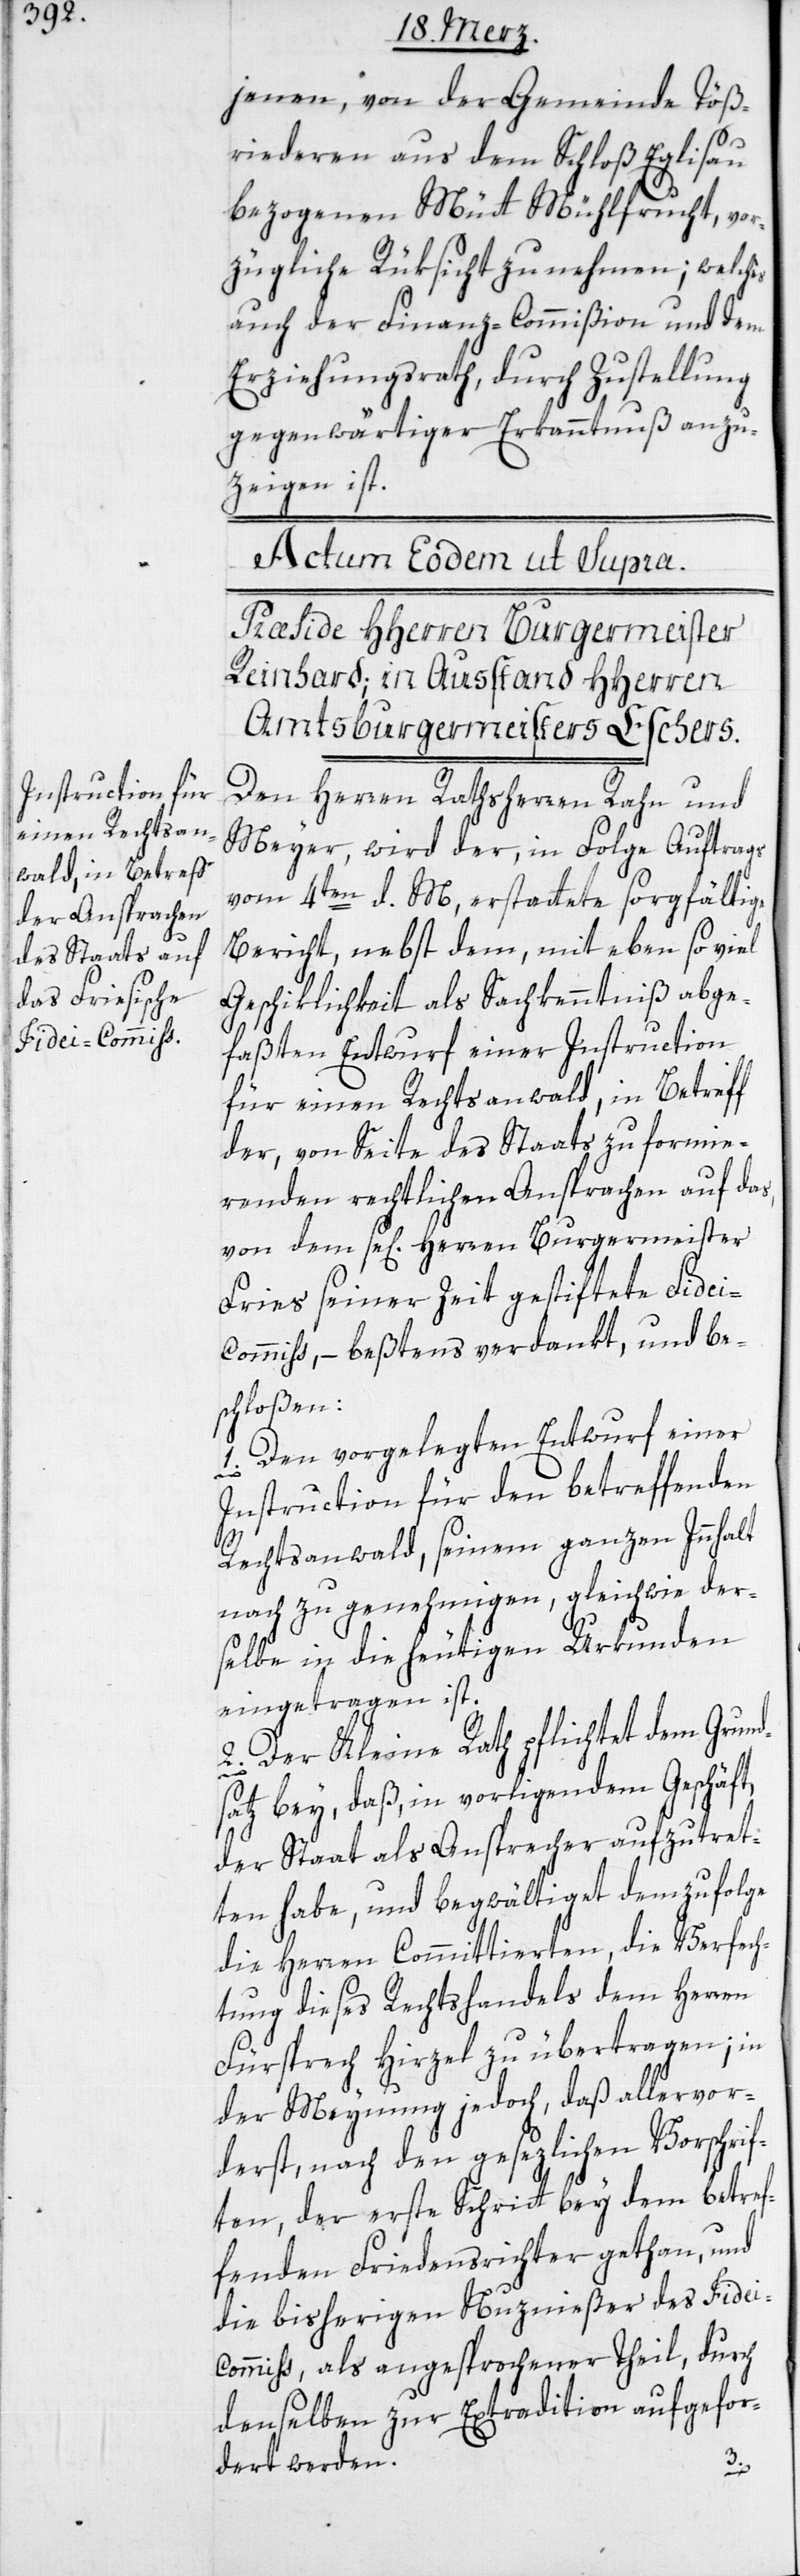
jenen, von der Gemeinde Töß¬
riedern aus dem Schloß Eglisau
bezogenen Mütt Mühlfrucht, vor¬
zügliche Rüksicht zu nehmen; welches
auch der Finanz-Commißion und dem
Erziehungsrath, durch Zustellung
gegenwärtiger Erkanntnuß anzu¬
zeigen ist.
Den Herren Rathsherren Rahn und
Meyer, wird der, in Folge Auftrags
vom 4ten d. M., erstattete sorgfältige
Bericht, nebst dem, mit eben so viel
Geschiklichkeit als Sachkenntniß abge¬
faßten Entwurf einer Instruction
für einen Rechtsanwald, in Betreff
der, von Seite des Staats zu formie¬
renden rechtlichen Ansprachen auf das,
von dem se[ligen] Herren Burgermeister
Fries seiner Zeit gestiftete Fide¬
i-Commiß, – beßtens verdankt, und be¬
schloßen:
1. Den vorgelegten Entwurf einer
Instruction für den betreffenden
Rechstanwald, seinem ganzen Innhalt
nach zu genehmigen, gleichwie der¬
selbe in die heutigen Urkunden
eingetragen ist.
2. Der Kleine Rath pflichtet dem Grund¬
satz bey, daß, in vorliegendem Geschäft,
der Staat als Ansprecher aufzutret¬
ten habe, und begwältigt demzufolge
die Herren Committierten, die Verfech¬
tung dieses Rechtshandels dem Herren
Fürsprech Hirzel zu übertragen; in
der Meynung jedoch, daß allervor¬
derst, nach den gesezlichen Vorschrif¬
ten, der erste Schritt bey dem betref¬
fenden Friedensichter gethan, und
die bisherigen Nuznießer des Fidei-C¬
ommiß, als angesprochener Theil, durch
denselben zur Extradition aufgefor¬
dert werden.